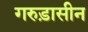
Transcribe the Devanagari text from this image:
गरुड़ासीन